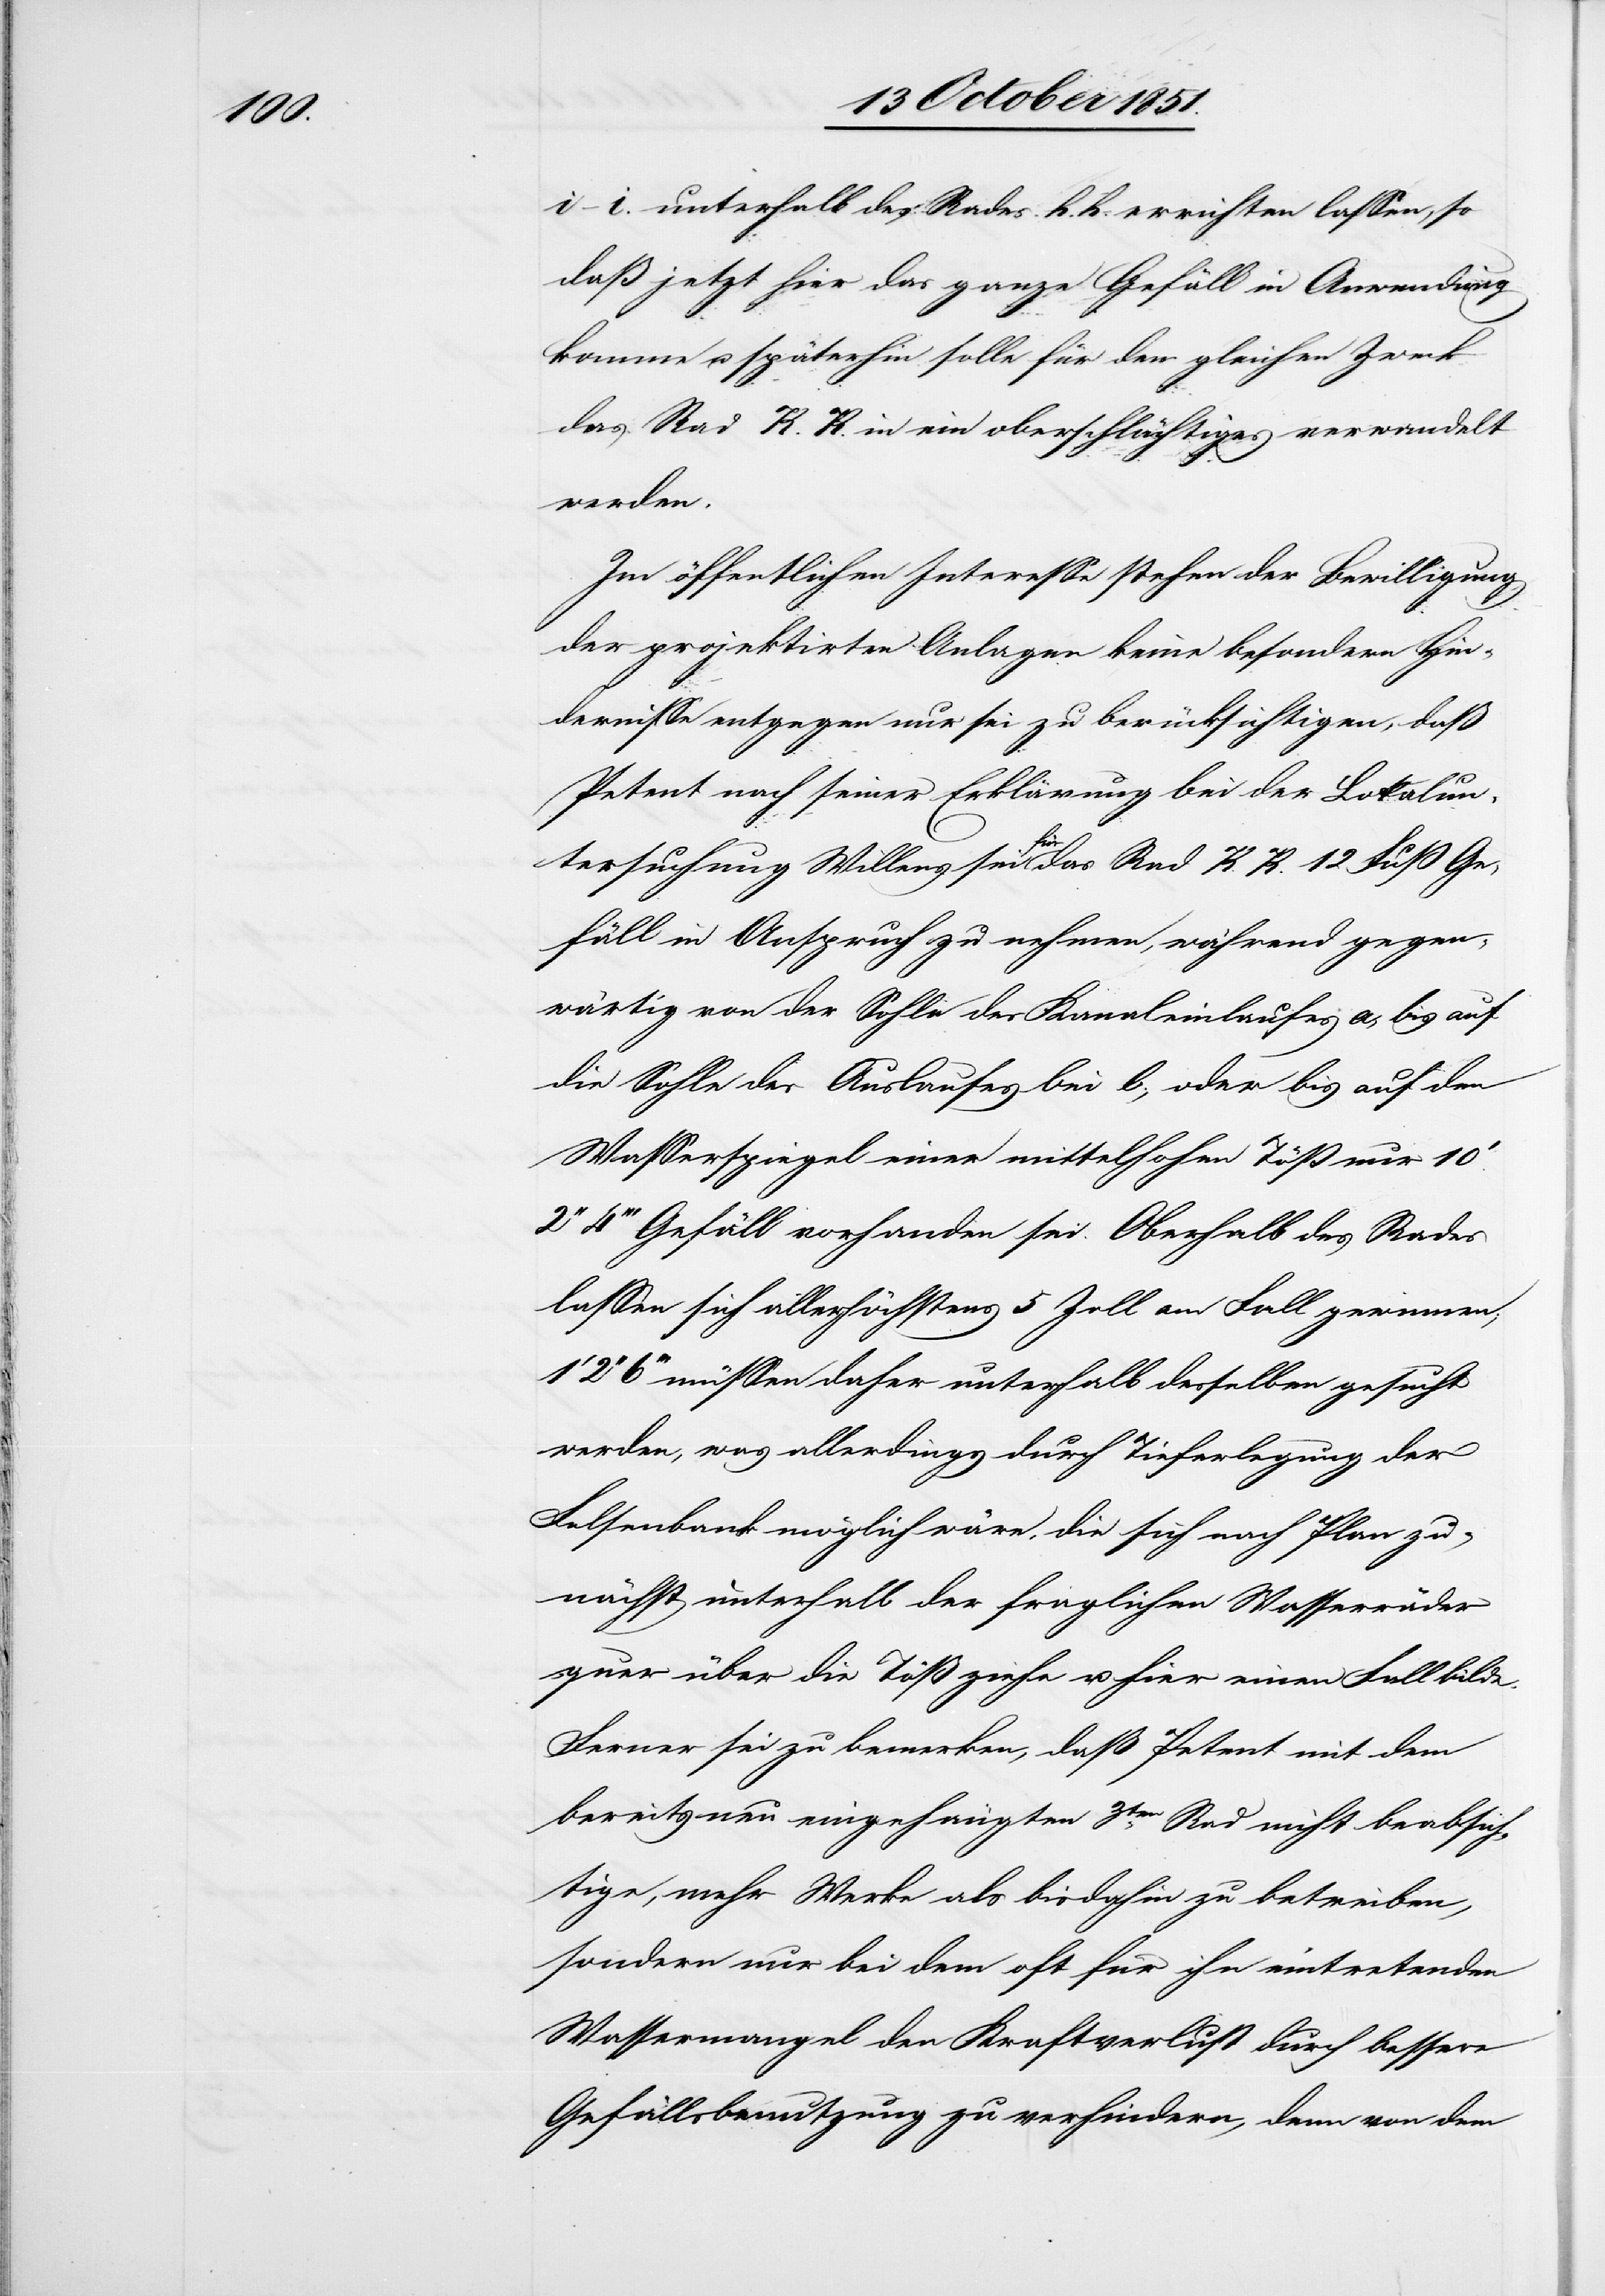
i–i. unterhalb des Rades h. h. errichten lassen, so
daß jetzt hier das ganze Gefäll in Anwendung
komme u. späterhin solle für den gleichen Zweck
das Rad K. K. in ein oberschlächtiges verwandelt
werden.
Im öffentlichen Interesse stehen der Bewilligung
der projektirten Anlagen keine besondern Hin¬
dernisse entgegen nur sei zu berücksichtigen, daß
Petent nach seiner Erklärung bei der Lokalun¬
tersuchung Willens sei für das Rad K. K. 12 Fuß Ge¬
fäll in Anspruch zu nehmen, während gegen¬
wärtig von der Sohle des Kanaleinlaufes a, bis auf
die Sohle des Auslaufes bei b., oder bis auf den
Wasserspiegel einer mittelhohen Töß nur 10‘
4‘‘‘ Gefäll vorhanden sei. Oberhalb des Rades
lassen sich allerhöchstens 5 Zoll am Fall gewinnen;
6‘‘‘ müssen daher unterhalb desselben gesucht
werden, was allerdings durch Tieferlegung der
Felsenbank möglich wäre, die sich nach Plan zu¬
nächst unterhalb der fraglichen Wasserräder
quer über die Töß ziehe u. hier einen Fall bilde.
Ferner sei zu bemerken, daß Petent mit dem
bereits neu eingehängten 3ten. Rad nicht beabsich¬
tige, mehr Werke als bisdahin zu betreiben,
sondern nur bei dem oft für ihn eintretenden
Wassermangel den Kraftverlust durch bessere
Gefällsbenutzung zu verhindern, denn von dem